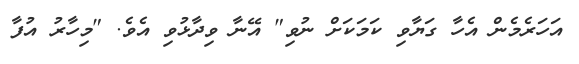
އަހަރެމެން އެހާ ގަޔާވި ކަމަކަށް ނުވި" އޭނާ ވިދާޅުވި އެވެ. "މިހާރު އުފާ